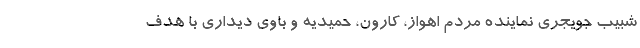
شبیب جویجری نماینده مردم اهواز، کارون، حمیدیه و باوی دیداری با هدف